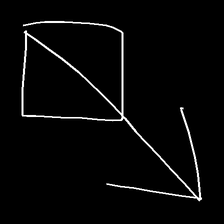
Glyph: focus